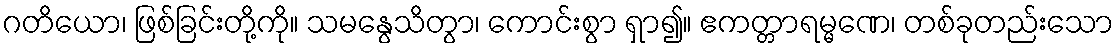
ဂတိယော၊ ဖြစ်ခြင်းတို့ကို။ သမနွေသိတွာ၊ ကောင်းစွာ ရှာ၍။ ဧကတ္တာရမ္မဏေ၊ တစ်ခုတည်းသော